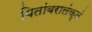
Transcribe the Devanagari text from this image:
पितांबरालंकृतं